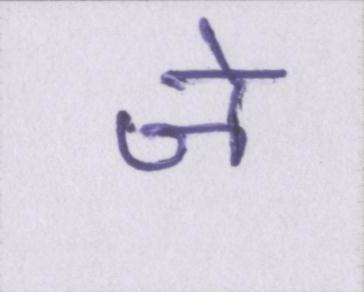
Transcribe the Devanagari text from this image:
जे